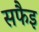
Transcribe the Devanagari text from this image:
सफैइ